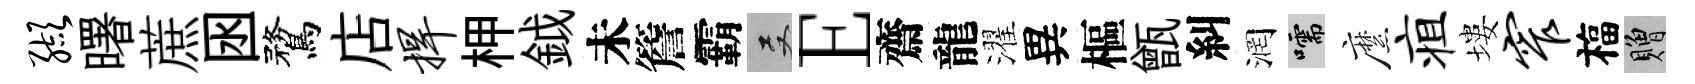
缬曙蔗囦鶩店捍柙鉞未簷霸双E齋龍濯異樞甑糾润嚅縻疽塿窄福贈